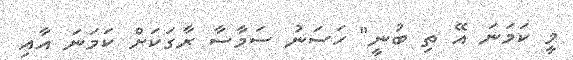
މީ ކަމަނަ އޭ ތި ބުނީ" ހަސަނު ސަމާސާ ރާގަކަށް ކަމަނަ އާއި